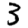
Digit: 3